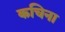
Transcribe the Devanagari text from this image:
कचिना